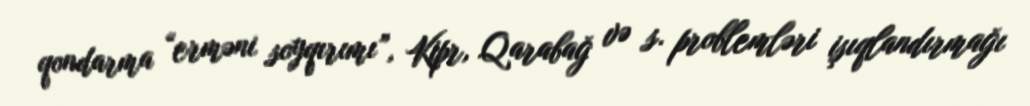
qondarma “erməni soyqırımı”, Kipr, Qarabağ və s. problemləri işıqlandırmağı